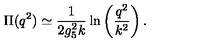
\Pi ( q ^ { 2 } ) \simeq { \frac { 1 } { 2 g _ { 5 } ^ { 2 } k } } \ln \left( { \frac { q ^ { 2 } } { k ^ { 2 } } } \right) .